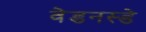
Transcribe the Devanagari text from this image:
वेडनस्डे